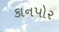
કાનપોર